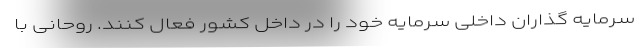
سرمایه گذاران داخلی سرمایه خود را در داخل کشور فعال کنند. روحانی با